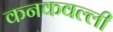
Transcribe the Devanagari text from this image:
कनकवल्ली